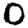
Digit: 0